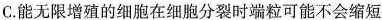
C.能无限增殖的细胞在细胞分裂时端粒可能不会缩短